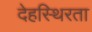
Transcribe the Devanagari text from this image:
देहस्थिरता